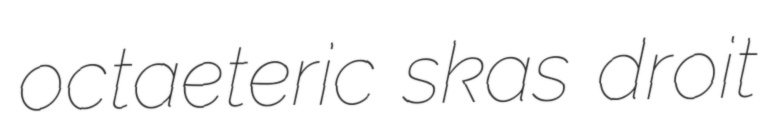
octaeteric skas droit